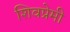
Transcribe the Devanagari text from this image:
शिवप्रेमी